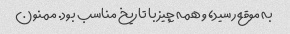
به موقع رسید، و همه چیز با تاریخ مناسب بود. ممنون